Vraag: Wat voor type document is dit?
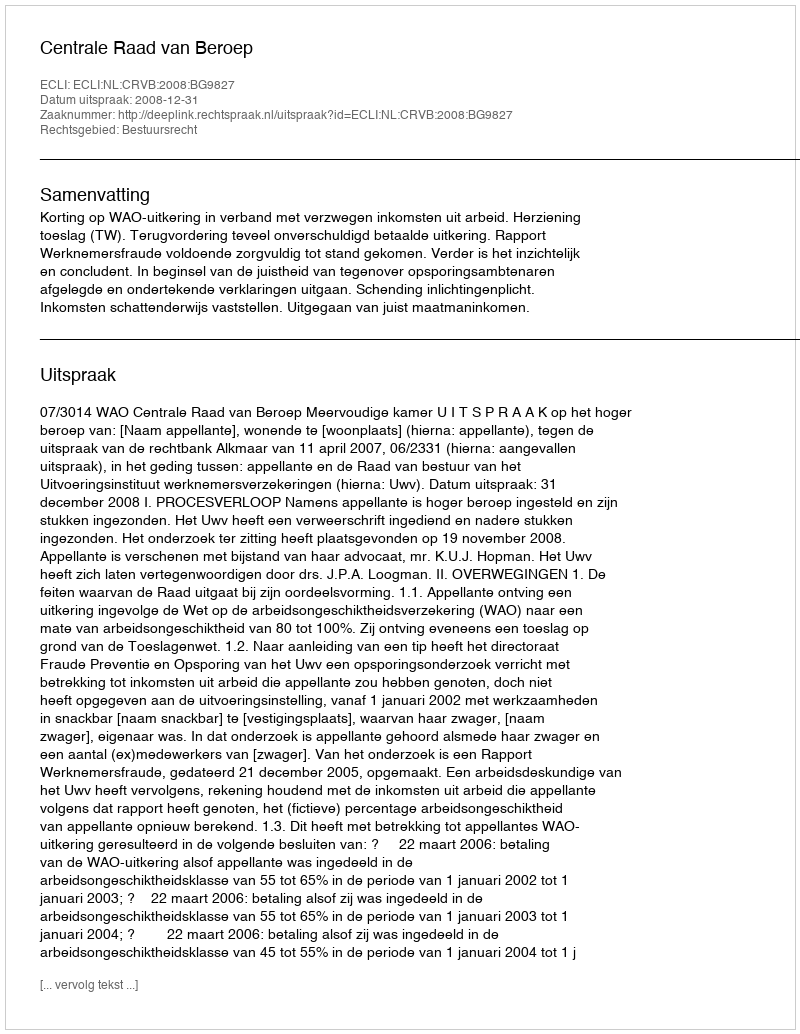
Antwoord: Uitspraak